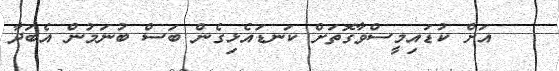
އަށް ކުޑައިމީސްވާގޮތަށް ކަނޑައެޅިގެން ބަސް ބުނަމުން އެބަދާ